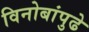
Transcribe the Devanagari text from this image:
विनोबांपुढे